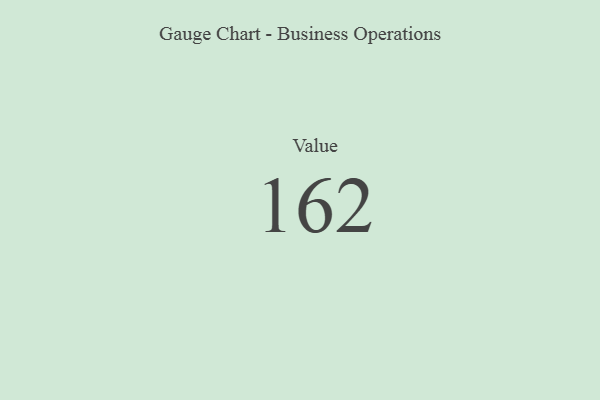
{"axis": {"x": "Metric", "y": "Value"}, "legend": [""], "data": [{"x": "Value", "y": 162, "type": ""}]}